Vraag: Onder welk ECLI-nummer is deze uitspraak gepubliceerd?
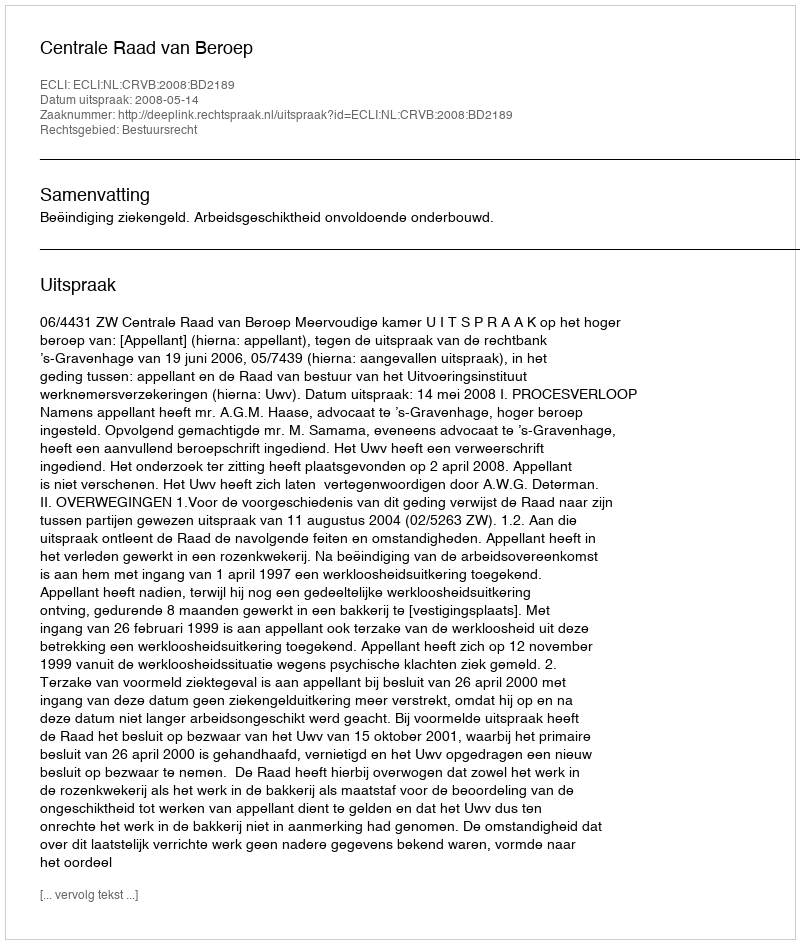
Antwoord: ECLI:NL:CRVB:2008:BD2189